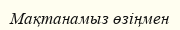
Мақтанамыз өзiңмен